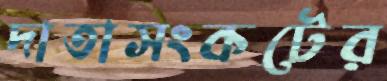
দাতাসংকটের